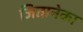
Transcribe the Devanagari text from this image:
जितानेका